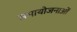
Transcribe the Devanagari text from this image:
समायोजनाओं